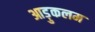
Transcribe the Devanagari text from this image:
आड़ुकलम